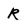
Character: R